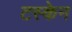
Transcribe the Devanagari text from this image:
टस्केन